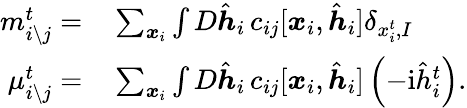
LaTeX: \begin{array}{rl}{m_{i\setminus j}^{t}=}&{{}\sum_{\boldsymbol{x}_{i}}\int D\hat{\boldsymbol{h}}_{i}\, c_{ij}[\boldsymbol{x}_{i},\hat{\boldsymbol{h}}_{i}]\delta_{x_{i}^{t},I}}\\ {\mu_{i\setminus j}^{t}=}&{{}\sum_{\boldsymbol{x}_{i}}\int D\hat{\boldsymbol{h}}_{i}\, c_{ij}[\boldsymbol{x}_{i},\hat{\boldsymbol{h}}_{i}]\left(-\mathrm{i}\hat{h}_{i}^{t}\right).}\end{array}